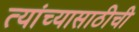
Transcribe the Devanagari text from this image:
त्यांच्यासाठीची